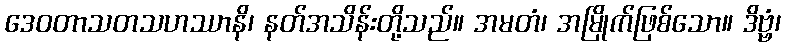
ဒေဝတာသတသဟဿာနိ၊ နတ်အသိန်းတို့သည်။ အမတံ၊ အမြိုက်ဖြစ်သော။ ဒိဗ္ဗံ၊